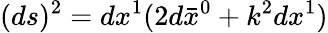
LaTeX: (ds)^{2}=dx^{1}(2d\bar{x}^{0}+k^{2}dx^{1})